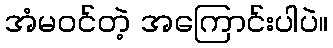
အံမဝင်တဲ့ အကြောင်းပါပဲ။